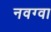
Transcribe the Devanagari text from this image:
नवग्वा